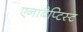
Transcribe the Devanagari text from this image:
एनाबैप्टिस्ट